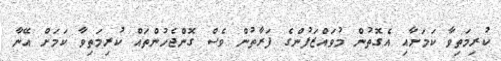
ކުރިމަތިވާ ކަމަށާއި އެގޮތުން މުވައްޒަފުންގެ ފަރާތުން ވެސް ގޮންޖެހުންތައް ކުރިމަތިވާ ކަމަށް އޭނާ